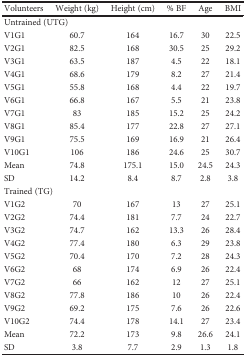
<table><thead><tr><td><b>Volunteers</b></td><td><b>Weight (kg)</b></td><td><b>Height (cm)</b></td><td><b>% BF</b></td><td><b>Age</b></td><td><b>BMI</b></td></tr></thead><tbody><tr><td colspan="6">Untrained (UTG)</td></tr><tr><td>V1G1</td><td>60.7</td><td>164</td><td>16.7</td><td>30</td><td>22.5</td></tr><tr><td>V2G1</td><td>82.5</td><td>168</td><td>30.5</td><td>25</td><td>29.2</td></tr><tr><td>V3G1</td><td>63.5</td><td>187</td><td>4.5</td><td>22</td><td>18.1</td></tr><tr><td>V4G1</td><td>68.6</td><td>179</td><td>8.2</td><td>27</td><td>21.4</td></tr><tr><td>V5G1</td><td>55.8</td><td>168</td><td>4.4</td><td>22</td><td>19.7</td></tr><tr><td>V6G1</td><td>66.8</td><td>167</td><td>5.5</td><td>21</td><td>23.8</td></tr><tr><td>V7G1</td><td>83</td><td>185</td><td>15.2</td><td>25</td><td>24.2</td></tr><tr><td>V8G1</td><td>85.4</td><td>177</td><td>22.8</td><td>27</td><td>27.1</td></tr><tr><td>V9G1</td><td>75.5</td><td>169</td><td>16.9</td><td>21</td><td>26.4</td></tr><tr><td>V10G1</td><td>106</td><td>186</td><td>24.6</td><td>25</td><td>30.7</td></tr><tr><td>Mean</td><td>74.8</td><td>175.1</td><td>15.0</td><td>24.5</td><td>24.3</td></tr><tr><td>SD</td><td>14.2</td><td>8.4</td><td>8.7</td><td>2.8</td><td>3.8</td></tr><tr><td colspan="6">Trained (TG)</td></tr><tr><td>V1G2</td><td>70</td><td>167</td><td>13</td><td>27</td><td>25.1</td></tr><tr><td>V2G2</td><td>74.4</td><td>181</td><td>7.7</td><td>24</td><td>22.7</td></tr><tr><td>V3G2</td><td>74.7</td><td>162</td><td>13.3</td><td>26</td><td>28.4</td></tr><tr><td>V4G2</td><td>77.4</td><td>180</td><td>6.3</td><td>29</td><td>23.8</td></tr><tr><td>V5G2</td><td>70.4</td><td>170</td><td>7.2</td><td>28</td><td>24.3</td></tr><tr><td>V6G2</td><td>68</td><td>174</td><td>6.9</td><td>26</td><td>22.4</td></tr><tr><td>V7G2</td><td>66</td><td>162</td><td>12</td><td>27</td><td>25.1</td></tr><tr><td>V8G2</td><td>77.8</td><td>186</td><td>10</td><td>26</td><td>22.4</td></tr><tr><td>V9G2</td><td>69.2</td><td>175</td><td>7.6</td><td>26</td><td>22.6</td></tr><tr><td>V10G2</td><td>74.4</td><td>178</td><td>14.1</td><td>27</td><td>23.4</td></tr><tr><td>Mean</td><td>72.2</td><td>173</td><td>9.8</td><td>26.6</td><td>24.1</td></tr><tr><td>SD</td><td>3.8</td><td>7.7</td><td>2.9</td><td>1.3</td><td>1.8</td></tr></tbody></table>